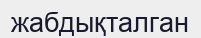
жабдықталган